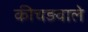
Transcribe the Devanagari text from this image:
कीचड़वाले